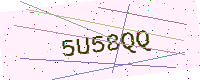
Text: 5U58QQ